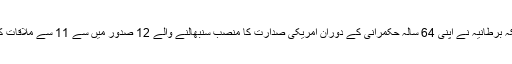
ملکہ برطانیہ نے اپنی 64 سالہ حکمرانی کے دوران امریکی صدارت کا منصب سنبھالنے والے 12 صدور میں سے 11 سے ملاقات کی۔